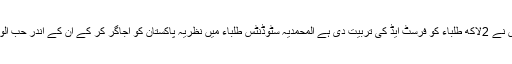
گزشتہ 2برس میں المحمدیہ سٹوڈنٹس نے 2لاکھ طلباء کو فرسٹ ایڈ کی تربیت دی ہے المحمدیہ سٹوڈنٹس طلباء میں نظریہ پاکستان کو اجاگر کر کے ان کے اندر حب الوطنی کے جذبات کو پیدا کررہی ہے۔